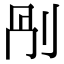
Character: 𠛰